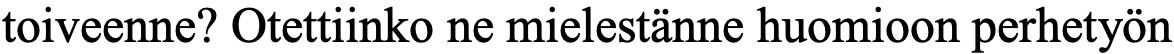
toiveenne? Otettiinko ne mielestänne huomioon perhetyön